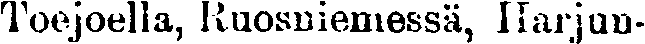
Toejoella, Ruosinnimessä, Harjun-